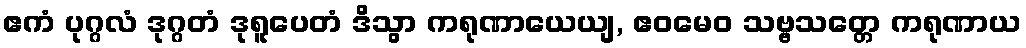
ဧကံ ပုဂ္ဂလံ ဒုဂ္ဂတံ ဒုရူပေတံ ဒိသွာ ကရုဏာယေယျ, ဧဝမေဝ သဗ္ဗသတ္တေ ကရုဏာယ